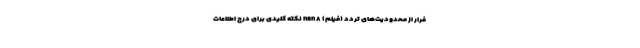
فرار از محدودیت‌های تردد (فیلم) nan ۸ نکته کلیدی برای درج اطلاعات